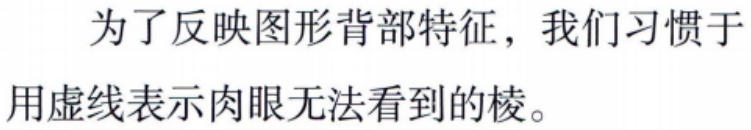
为了反映图形背部特征，我们习惯于用虚线表示肉眼无法看到的棱。